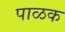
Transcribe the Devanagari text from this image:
पाळक